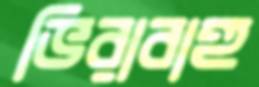
ভিরাবাহু